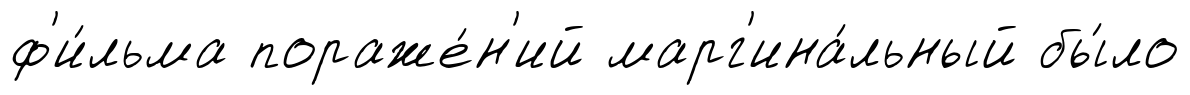
ф'и́льма пораже́н'ий марг'ина́льный бы́ло